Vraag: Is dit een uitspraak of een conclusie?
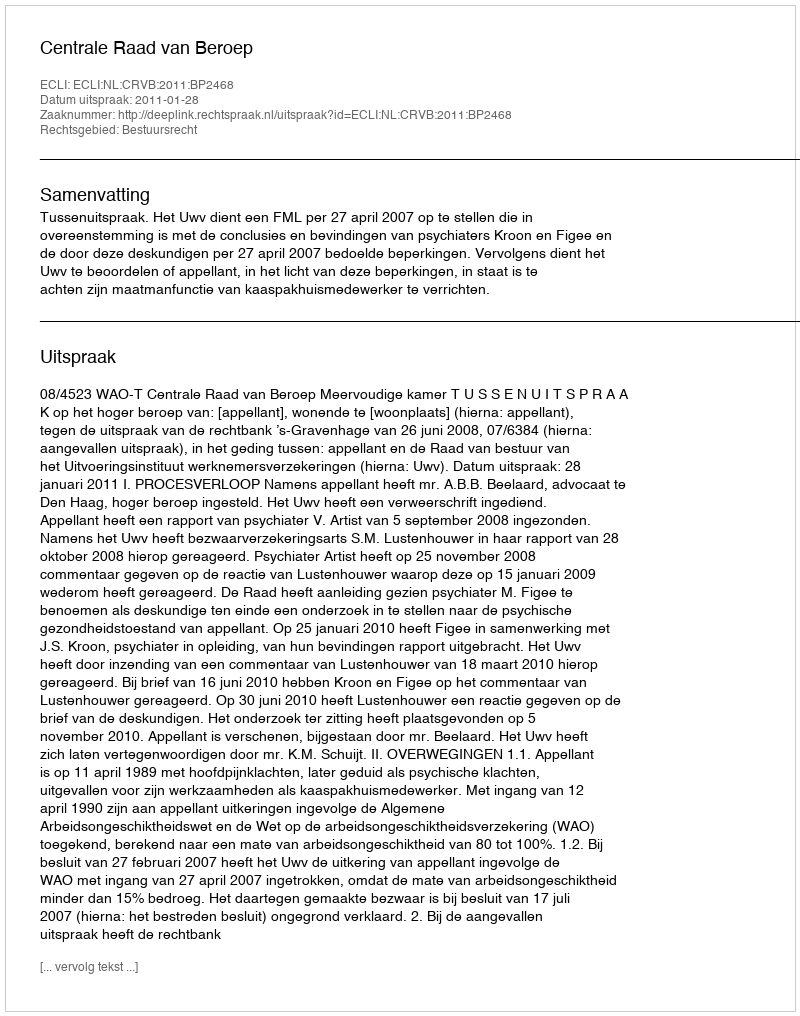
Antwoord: Uitspraak